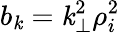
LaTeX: b_{\mathit{k}}=\mathit{k}_{\perp}^{2}\rho_{i}^{2}